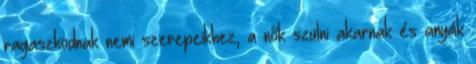
ragaszkodnak nemi szerepeikhez, a nők szülni akarnak és anyák